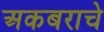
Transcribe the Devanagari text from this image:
अकबराचे